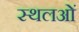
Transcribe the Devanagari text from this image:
स्थलओं